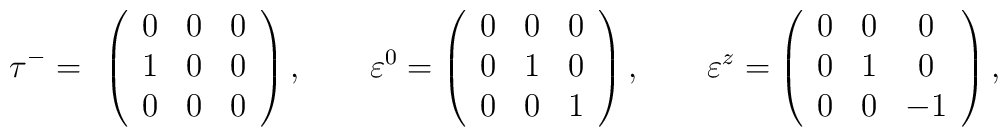
\tau^- = \begin{array}{c}\left( \begin{array}{ccc}		0 & 0 & 0 \\		1 & 0 & 0 \\		0 & 0 & 0  \end{array} \right),\qquad\varepsilon^0 = \left( \begin{array}{ccc}		0 & 0 & 0 \\		0 & 1 & 0 \\		0 & 0 & 1   \end{array} \right),\qquad\varepsilon^z = \left( \begin{array}{ccc}		0 & 0 & 0 \\		0 & 1 & 0 \\		0 & 0 & -1   \end{array} \right),\end{array}